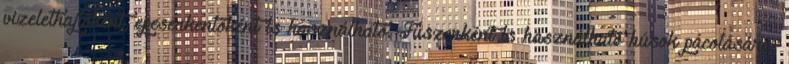
vizelethajtóként, epeserkentőként is használható. Fűszerként is használható húsok pácolására,